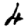
Digit: 4